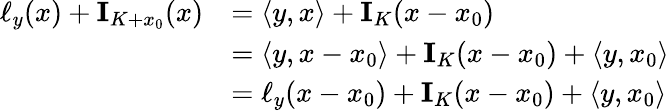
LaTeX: \begin{array}{rl}{\ell_{y}(x)+\mathrm{\mathbf I}_{K+x_{0}}(x)}&{=\langle y,x\rangle+\mathrm{\mathbf I}_{K}(x-x_{0})}\\ &{=\langle y,x-x_{0}\rangle+\mathrm{\mathbf I}_{K}(x-x_{0})+\langle y,x_{0}\rangle}\\ &{=\ell_{y}(x-x_{0})+\mathrm{\mathbf I}_{K}(x-x_{0})+\langle y,x_{0}\rangle}\end{array}